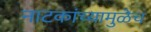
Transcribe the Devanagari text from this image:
नाटकांच्यामुळेच